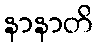
နာနာတိ